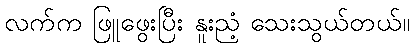
လက်က ဖြူဖွေးပြီး နူးညံ့ သေးသွယ်တယ်။